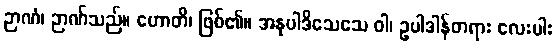
ဉာဏံ၊ ဉာဏ်သည်။ ဟောတိ၊ ဖြစ်၏။ အနုပါဒိသေသေ ဝါ၊ ဥပါဒါန်တရား လေးပါး